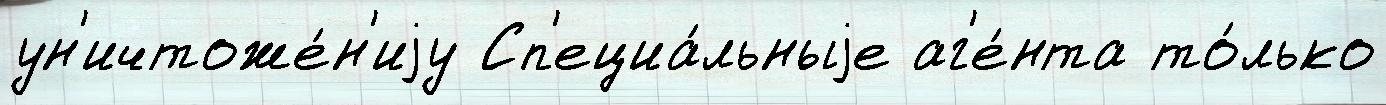
ун'ичтоже́н'иjу Сп'ециа́льныjе аг'е́нта то́лько